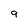
Character: 9